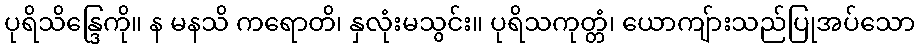
ပုရိသိန္ဒြေကို။ န မနသိ ကရောတိ၊ နှလုံးမသွင်း။ ပုရိသကုတ္တံ၊ ယောကျ်ားသည်ပြုအပ်သော